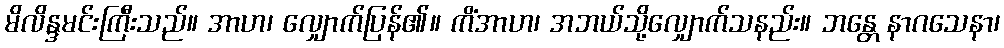
မိလိန္ဒမင်းကြီးသည်။ အာဟ၊ လျှောက်ပြန်၏။ ကိံအာဟ၊ အဘယ်သို့လျှောက်သနည်း။ ဘန္တေ နာဂသေနာ၊